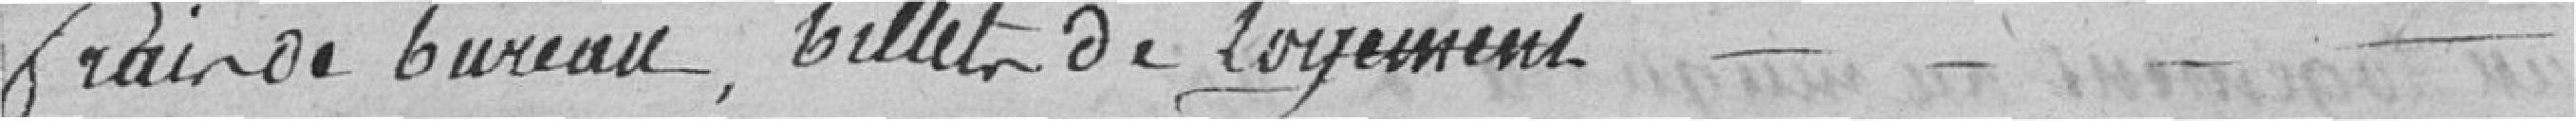
frais de bureau, billet de logement